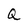
Character: Q